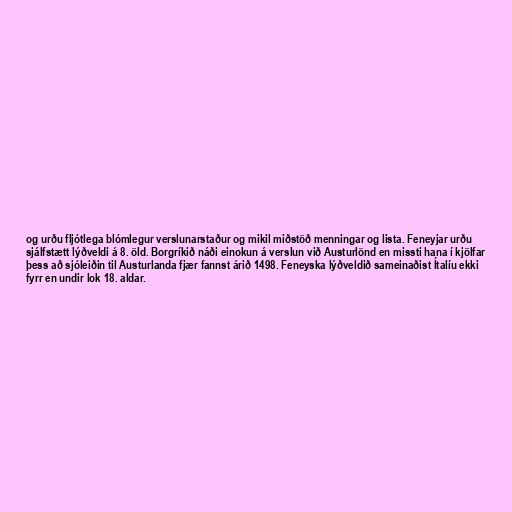
og urðu fljótlega blómlegur verslunarstaður og mikil miðstöð menningar og lista. Feneyjar urðu
sjálfstætt lýðveldi á 8. öld. Borgríkið náði einokun á verslun við Austurlönd en missti hana í kjölfar
þess að sjóleiðin til Austurlanda fjær fannst árið 1498. Feneyska lýðveldið sameinaðist Ítalíu ekki
fyrr en undir lok 18. aldar.